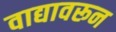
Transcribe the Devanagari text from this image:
वाद्यावरून